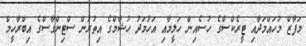
މަފާޒް މުހައްމަދާއި ޓީރެކްސްގެ ހުސެއިން ހަލީމާއި އަހުމަދު ހުޝާމްގެ އިތުރުން ސްޓިންގާސްގެ އިބްރާހީމް